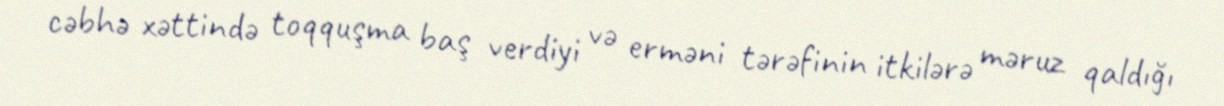
cəbhə xəttində toqquşma baş verdiyi və erməni tərəfinin itkilərə məruz qaldığı